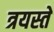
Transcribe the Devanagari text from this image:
त्रयस्ते